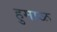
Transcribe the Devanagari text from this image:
हुमाळ